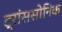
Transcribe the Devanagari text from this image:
ट्रांससोनिक